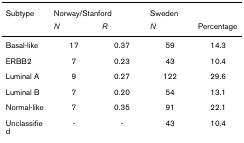
<table><thead><tr><td><b>Subtype</b></td><td colspan="2"><b>Norway/Stanford</b></td><td colspan="2"><b>Sweden</b></td></tr><tr><td></td><td><b><i>N</i></b></td><td><b><i>R</i></b></td><td><b><i>N</i></b></td><td><b>Percentage</b></td></tr></thead><tbody><tr><td>Basal-like</td><td>17</td><td>0.37</td><td>59</td><td>14.3</td></tr><tr><td>ERBB2</td><td>7</td><td>0.23</td><td>43</td><td>10.4</td></tr><tr><td>Luminal A</td><td>9</td><td>0.27</td><td>122</td><td>29.6</td></tr><tr><td>Luminal B</td><td>7</td><td>0.20</td><td>54</td><td>13.1</td></tr><tr><td>Normal-like</td><td>7</td><td>0.35</td><td>91</td><td>22.1</td></tr><tr><td>Unclassified</td><td>-</td><td>-</td><td>43</td><td>10.4</td></tr></tbody></table>